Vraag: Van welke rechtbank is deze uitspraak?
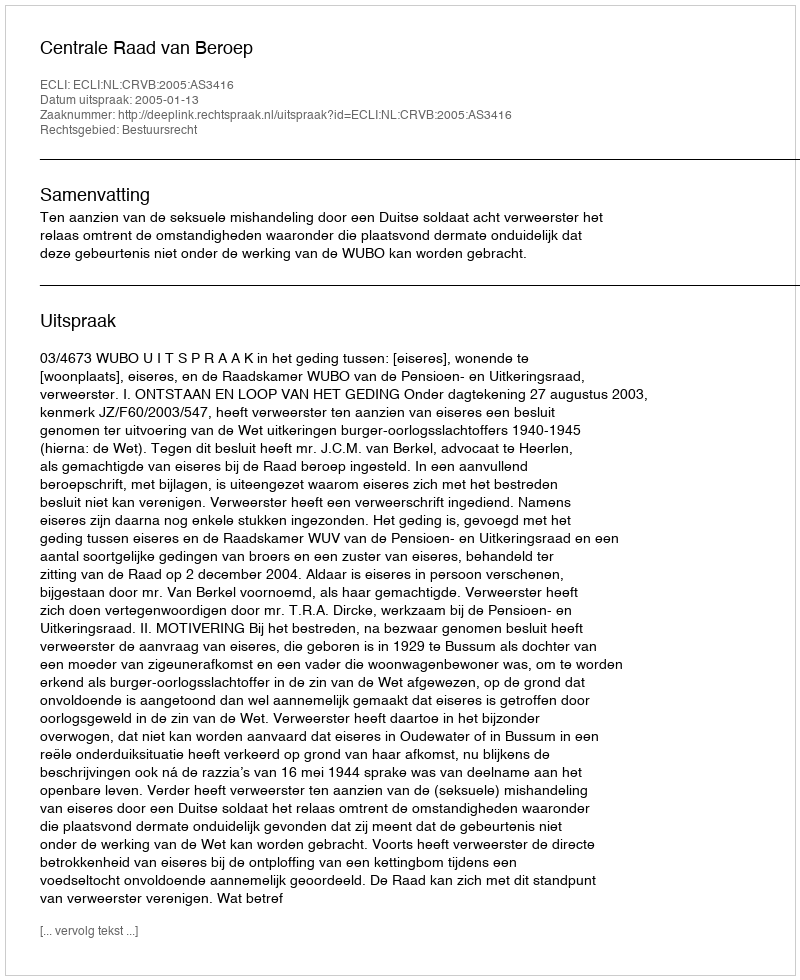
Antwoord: Centrale Raad van Beroep